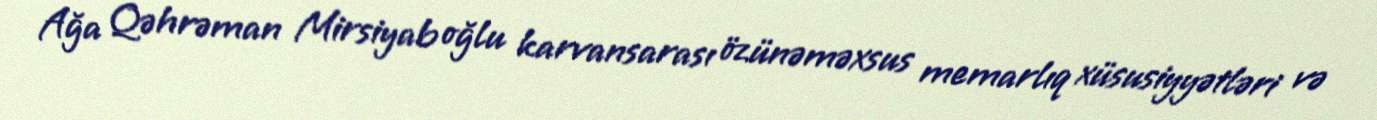
Ağa Qəhrəman Mirsiyab oğlu karvansarası özünəməxsus memarlıq xüsusiyyətləri və